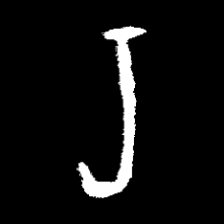
Pyu character \u2014 Myanmar letter: ရ (romanized: ra)